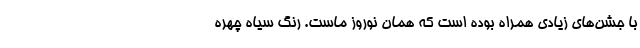
با جشن‌های زیادی همراه بوده است که همان نوروز ماست. رنگ سیاه چهره